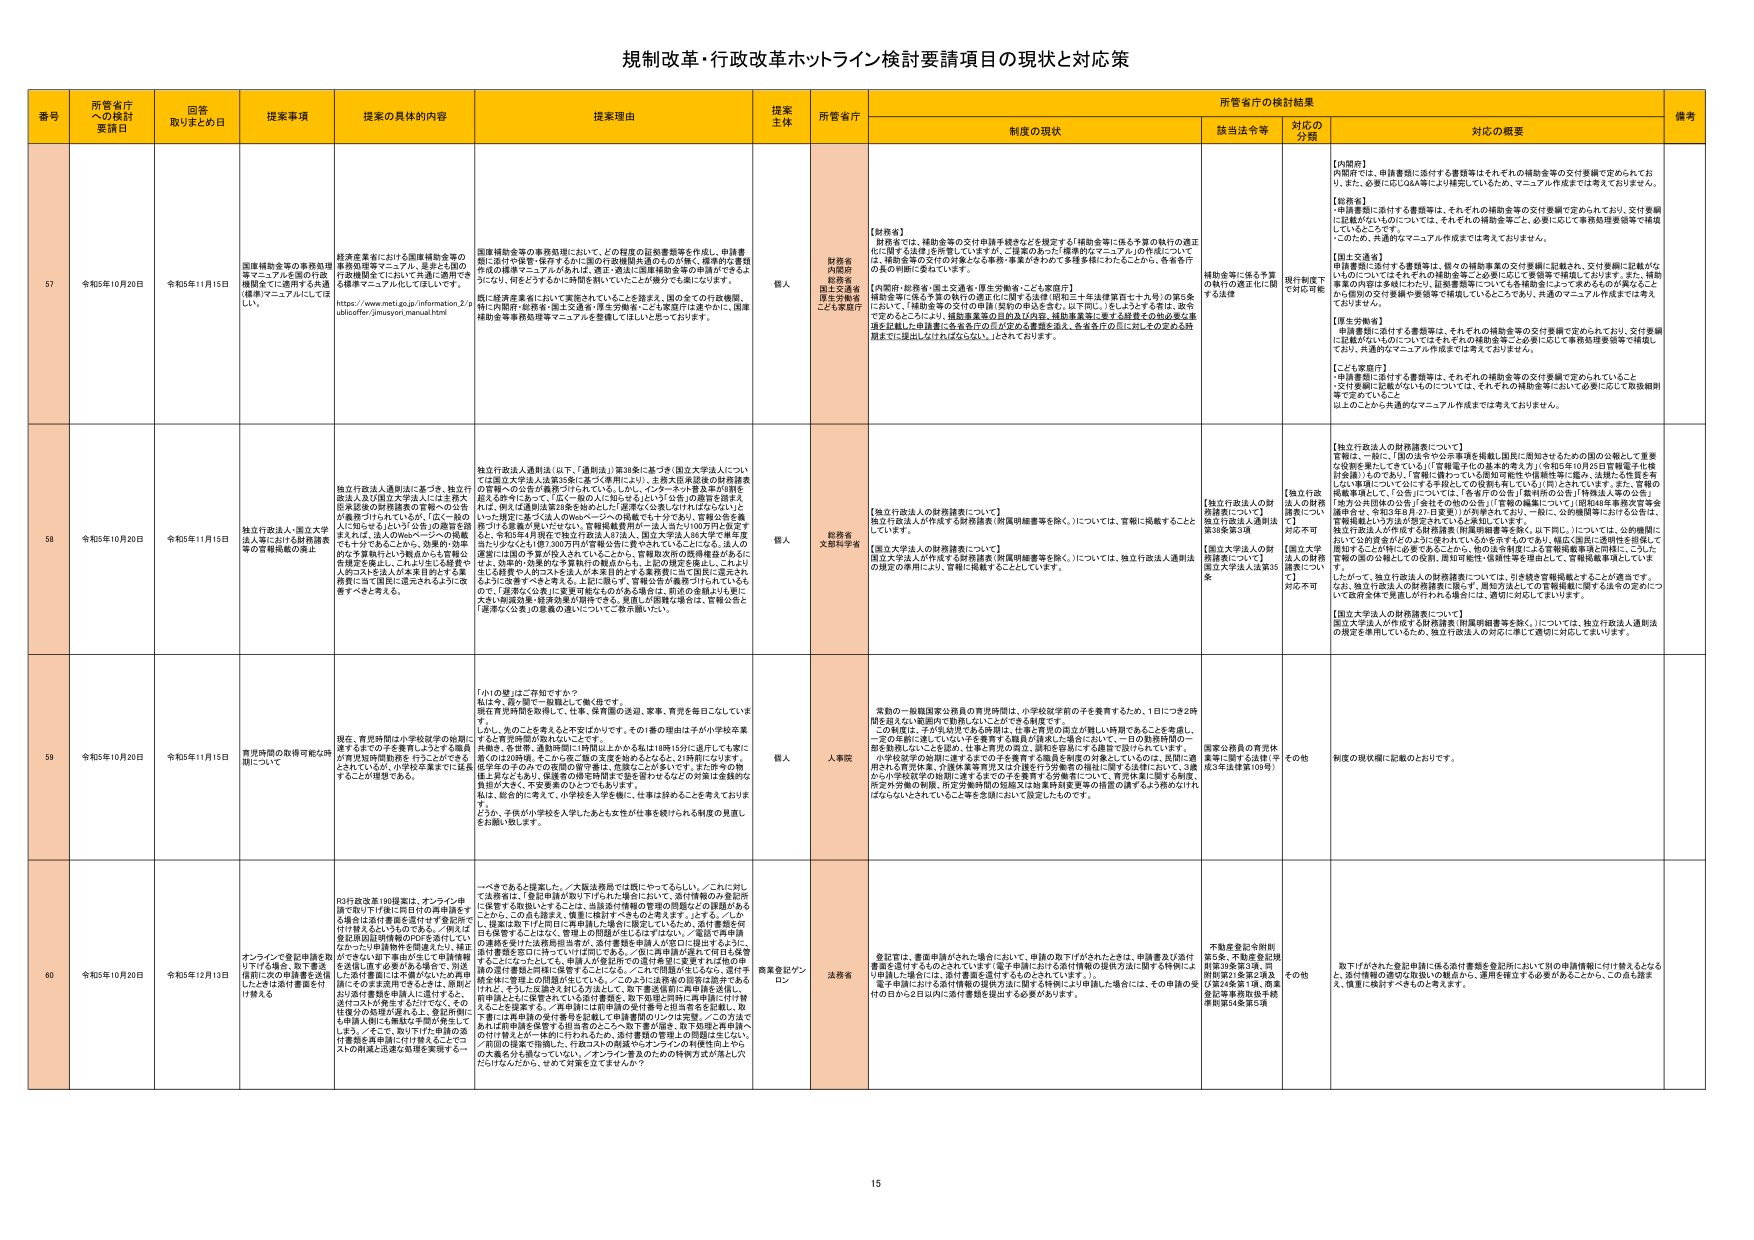
規制改革・行政改革ホットライン検討要請項目の現状と対応策

番号 所管省庁への検討要請日 回答取りまとめ日 提案事項 提案の具体的内容 提案理由 提案主体 所管省庁 所管省庁の検討結果 備考
制度の現状 該当法令等 対応の分類 対応の概要

57 令和5年10月20日 令和5年11月15日 国庫補助金等の事務処理等マニュアルを国の行政機関等で共通利用できる仕組みを整備することについて 産業構造審議会における国庫補助金等の事務処理等マニュアル、各省庁独自の行政機関等で共通利用できる仕組みを整備することについて、https://www.meti.go.jp/information/publicoffer/jimuyori_manual.html 国庫補助金等の事務処理において、どの程度の記載事項等を作成し、申請書類に添付や保管・保存するかに係る行政機関共通のものがあり、標準的な書類作成の標準マニュアルがあれば、省庁間の業務連携の効率化が図られるようになり、何をどうするかに明確な問いかけになるかが分かりやすくなります。既に経済産業省において実施されていることを踏まえ、他の全ての行政機関、特に内閣府・総務省・国土交通省・厚生労働省・ことき農業庁は速やかに、国庫補助金等事務処理等マニュアルを整備してほしいと思っております。 個人 財務省 内閣府 総務省 国土交通省 厚生労働省 ことき農業庁 【財務省】 財務省では、補助金等の交付申請手続きなどを規定する「補助金等に係る予算の執行の適正化に関する法律」を所管していますが、「国庫の各庁・機関等のマニュアルの作成について」は、補助金等の交付の対象となる事務・事業が多様であることを踏まえ、各府省庁の独自の判断に委ねています。 【内閣府・総務省・国土交通省・厚生労働省・ことき農業庁】 内閣府・総務省・国土交通省・厚生労働省・ことき農業庁は、補助金等に係る予算の執行の適正化に関する法律（昭和三十九年法律百七十九号）の第5条において、「補助金等の交付の申請（契約の申込を含む。以下同じ。）をしようとする者は、政令で定めるところにより、補助事業実施の目的及び内容、補助事業等に要する経費その他必要な事項を記載した申請書に各々名を印の形式の署名を加え、各々名を印の形式に加え、その定める経過までに提出しなければならない。」とされております。 補助金等に係る予算の執行の適正化に関する法律 現行制度下で対応可能 【内閣府】 内閣府では、申請書類に添付する書類等はそれぞれの補助金等の交付要綱で定められており、また、必要に応じQ&A等により補足しているため、マニュアル作成までは考えておりません。 【総務省】 「申請書類に添付する書類等は、それぞれの補助金等の交付要綱で定められており、交付要綱に記載がないものについては、それぞれの補助金等ごとに、必要に応じて事務局等要領等で補足しているところです。 したがって、共通的なマニュアル作成までは考えておりません。 【国土交通省】 「申請書類に添付する書類等は、個々の補助事業の交付要綱に記載され、交付要綱に記載がないものについてはそれぞれの補助金等ごとに必要に応じて要領等で補足しております。また、補助事業の内容は多様にわたり、経済産業省についても各補助金によって異なるものがあることから個別の交付要綱や要領等で補足しているところであり、共通のマニュアル作成までは考えておりません。 【厚生労働省】 「申請書類に添付する書類等は、それぞれの補助金等の交付要綱で定められており、交付要綱に記載がないものについてはそれぞれの補助金等ごとに必要に応じて事務局等要領等で補足しており、共通的なマニュアル作成までは考えておりません。 【ことき農業庁】 「申請書類に添付する書類等は、それぞれの補助金等の交付要綱で定められていること・交付要綱に記載がないものについては、それぞれの補助金等において必要に応じて取扱細則等で定めていること 以上のことから共通的なマニュアル作成までは考えておりません。

58 令和5年10月20日 令和5年11月15日 独立行政法人・国立大学法人等における財務諸表等の官報掲載の廃止 独立行政法人・国立大学法人等における財務諸表等の官報掲載の廃止 独立行政法人通則法に基づき、独立行政法人及び国立大学法人には各務大臣が定める財務諸表の官報への公示が義務づけられているが、「広く一般の人に知らせたいという文言の趣旨を踏まえれば、法人のWebページへの掲載でも十分であるところから、効果的・効率的な事業執行という観点からも官報の負担を廃止し、これよりも広く読まれるWebサイトのススメは法人本省自体による業務負担に軽減に適うと考える」ように改善すべきである。 個人 総務省 文部科学省 【独立行政法人の財務諸表について】 独立行政法人が作成する財務諸表（附属明細書等を除く。）については、官報に掲載することがされています。 【国立大学法人の財務諸表について】 国立大学法人が作成する財務諸表（附属明細書等を除く。）については、独立行政法人通則法の規定の適用により、官報に掲載することとしています。 【独立行政法人の財務諸表について】 独立行政法人通則法第38条第3項 【国立大学法人の財務諸表について】 国立大学法人法第33条 【独立行政法人の財務諸表について】 独立行政法人通則法第38条第3項 【国立大学法人の財務諸表について】 国立大学法人法第33条 対応不可 【独立行政法人の財務諸表について】 官報は、一般に「国の法令や公示事項を掲載し国民に周知させるための国の公報として重要な役割を果たしている」（「官報電子化の基本的考え方」（令和2年10月23日官報電子化検討会議））ものであり、「官報に掲載している原則で記載する情報性等に鑑み、法規・法規を定めるという性質について公にする手段としての役割も果たしている」（同）とされています。官報の掲載要件として、「公告」については、「各府省庁の公告」「裁判所の公告」「検察法人等の公告」「地方公共団体の公告」「会社その他の公告」（「官報の編纂について」（昭和48年事務次官等会議事項、令和3年8月27日変更））が列挙されており、一般に、公的機関等における公告は、官報掲載という方法が想定されていると解釈しています。 独立行政法人が作成する財務諸表（附属明細書等を除く。以下同じ。）については、公的機関において公的責務をなすものに限られているものとされていますが、幅広く国民に透明性を担保して届けすることができるものであるとともに、他の法令制度による官報掲載事項と同様に、こうした官報の面の公報としての役割、周知可能性・信頼性等を担保して、官報掲載事項としています。 したがって、独立行政法人の財務諸表については、引き続き官報掲載することが適当です。 なお、独立行政法人の財務諸表に限らず、報告方法としての官報掲載に関する法令の定めについて政府全体で見直しが行われる場合には、適切に対応してまいります。 【国立大学法人の財務諸表について】 国立大学法人が作成する財務諸表（附属明細書等を除く。）については、独立行政法人通則法の規定を適用しているため、独立行政法人の対応に準じて適切に対応してまいります。

59 令和5年10月20日 令和5年11月15日 賞労時間の取得可能の時間について 現在、賃労時間の小学校授業の時間に通すものとする教育しようとする職員が賃労時間取得をすることを認めるようしているが、小学校卒業までに長年することが理想である。 「小の塾」はご存知ですか？ 私は今、息子と一緒に「塾」に通っています。現在賃労時間を利用しており、夏、冬期等の送迎、家事、育児を毎日こなしていきます。しかし、先のことを考えると不安ばかりです。その1番の理由は子が小学校卒業するまで賃労時間が取れないことです。 今後、冬期等、通勤時間に1時間以上かかる私は10時15分に通行くことを案に、親のほぼ同時に、その上で配の支度を始めるとなると、21時頃になります。 母子の子のための夜間の留守番は、危険なことがあります。また、昨今の物価上昇などもあり、授業者の時間帯の変更が望まれるなどの事情も金銭的な負担が大きく、不安要素のひとつでもあります。 私は、総合的に考えて、小学校入学を前に、仕事は辞めることを考えております。 どうか、子供が小学校を入学したあとも女性が仕事を続けられる制度の見直しをお願い致します。 個人 人事院 実効の一般職国家公務員の賃労時間は、小学校就学前の子を養育するため、1日につき2時間を超えない範囲内で取得しないことができる制度です。 この制度は、子が乳幼児である時期は、仕事と育児の両立が難しい時期であることを考慮し、一定の年齢に達していない子を養育する職員が請求した場合において、一日の勤務時間の一部を取得しないことを認め、仕事と育児の両立、勤務を中断して子を育てたいものとしています。 小学校就学の時期に達するまでの子を養育する職員を制度の対象としているのは、民間の雇用される育児休業、介護休業等育児又は介護を行う労働者の福祉に関する法律において、3歳から小学校就学の時期に達するまでの子を養育する労働者について、育児休業に限りを設け、所定の労働の制限、所定労働時間の短縮又は職業再就業までの措置の講ずるよう務められてはならないとされていることを念頭において設定したものでです。 国家公務員の育児休業等に関する法律（第103条） その他 制度の現状欄に記載のとおりです。

60 令和5年10月20日 令和5年12月13日 オンラインで登記申請を取下げする場合、取下書を備前に次の申請書を送信したときは次回申請書を付け替え 一ぺきであると提案した。／大統法務省では既にやってるらしい。／これに対しては登録は、登記申請が取下げられた場合において、添付情報のみ登記所に保管する取扱いすることは、当該添付情報の管理の問題などの課題があることから、この点も踏まえ、慎重に検討すべきものと考えます。 しかし、法務省取下げの用に仕事申請した場合に限定しているため、添付書類を可否を厳密することなく、管理上の問題が生じるおそれがあり、／添付の申請書類の書類を添付した法務局担当者が、添付書類を申請人が登記に提出するように、添付書類を登記に持参していれば何にもある。／但し申請書類の提出で申請は受理するにかかわらず、申請人が登記所での添付書類に重要または他の申請書類とともに保管されている添付書類を、取下処理に際し申請書に付す書類を検に管理上の問題が生じている。／このように法務省の回答に説明が不足しており、そうした反論をされると法として、取下書送信後に申請書を送信し、申請書とともに保管されている添付書類を、取下処理に際し申請書に付す書類とともに返還する。／申請書に記載申請の受付番号と担当者名を記載し、取下書には申請書の受付番号を記載して申請書類のリンクは空欄。／この方法であれば申請書を保管する担当者のところへ取下書が届き、取下処理と再申請への付け替えとが一体的に行われるため、添付書類の管理上の問題は生じない。／前回の提案で指摘し、行政2か所の関係性のオンラインの利便性向上や、公文書を分発送していなく、オンライン普及のための特例方式が適した六だけになったため、まだご対策を立てませんか？ 資産登記プラン ロン 法務省 登記官は、書面申請がされた場合において、申請の取下げがされたときは、申請書及び添付書類を返付するものとされています（電子申請における添付情報の提供方法に関する特例により申請した場合は、添付書類を返付するものとされています。）。 電子申請における添付情報の提供方法に関する特例により申請した場合は、その申請の取付の日から2日以内に添付書類を提出する必要があります。 不動産登記令附則第5条、不動産登記規則第38条第3項、同附則第41条第2項及び第24条第1項、商業登記等事務取扱手続事例第34条第5項 その他 取下げがされた登記申請に係る添付書類を登記所において別の申請情報に付け替えとなると、添付情報の適切な取扱いの観点から、運用を確立する必要があることから、この点も踏まえ、慎重に検討すべきものと考えます。

15